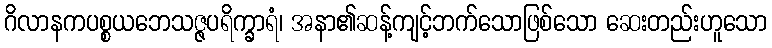
ဂိလာနကပစ္စယဘေသဇ္ဇပရိက္ခာရံ၊ အနာ၏ဆန့်ကျင့်ဘက်သောဖြစ်သော ဆေးတည်းဟူသော